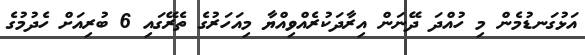
އަޅުގަނޑުމެން މި ހުއްދަ ދޭނަން އިރާދަކުރެއްވިއްޔާ މިއަހަރުގެ ތެރޭގައި 6 ބުރިއަށް ހެދުމުގެ